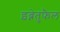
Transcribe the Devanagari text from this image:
इब्नेतुफैल